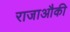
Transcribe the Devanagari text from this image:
राजाऔकी